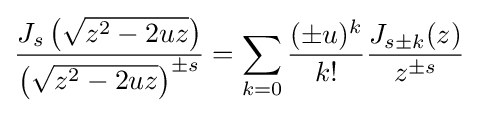
{\frac {J_{s}\left({\sqrt {z^{2}-2uz}}\right)}{\left({\sqrt {z^{2}-2uz}}\right)^{\pm s}}}=\sum _{k=0}{\frac {(\pm u)^{k}}{k!}}{\frac {J_{s\pm k}(z)}{z^{\pm s}}}